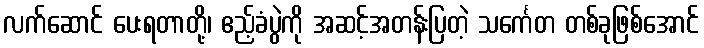
လက်ဆောင် ပေးရတာတို့၊ ဧည့်ခံပွဲကို အဆင့်အတန်းပြတဲ့ သင်္ကေတ တစ်ခုဖြစ်အောင်